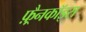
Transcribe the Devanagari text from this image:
फ़्रैनकॉइस